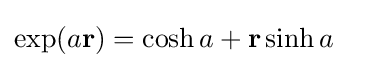
\exp(a\mathbf {r} )=\cosh a+\mathbf {r} \sinh a~~